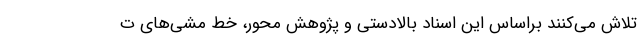
تلاش می‌کنند براساس این اسناد بالادستی و پژوهش محور، خط مشی‌های ت